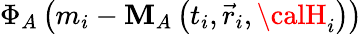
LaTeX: \Phi_{A}\left(m_{i}-\mathbf{M}_{A}\left(t_{i},\vec{{r}}_{i},{\calH}_{i}\right)\right)